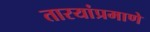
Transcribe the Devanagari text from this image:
तारयांप्रमाणे